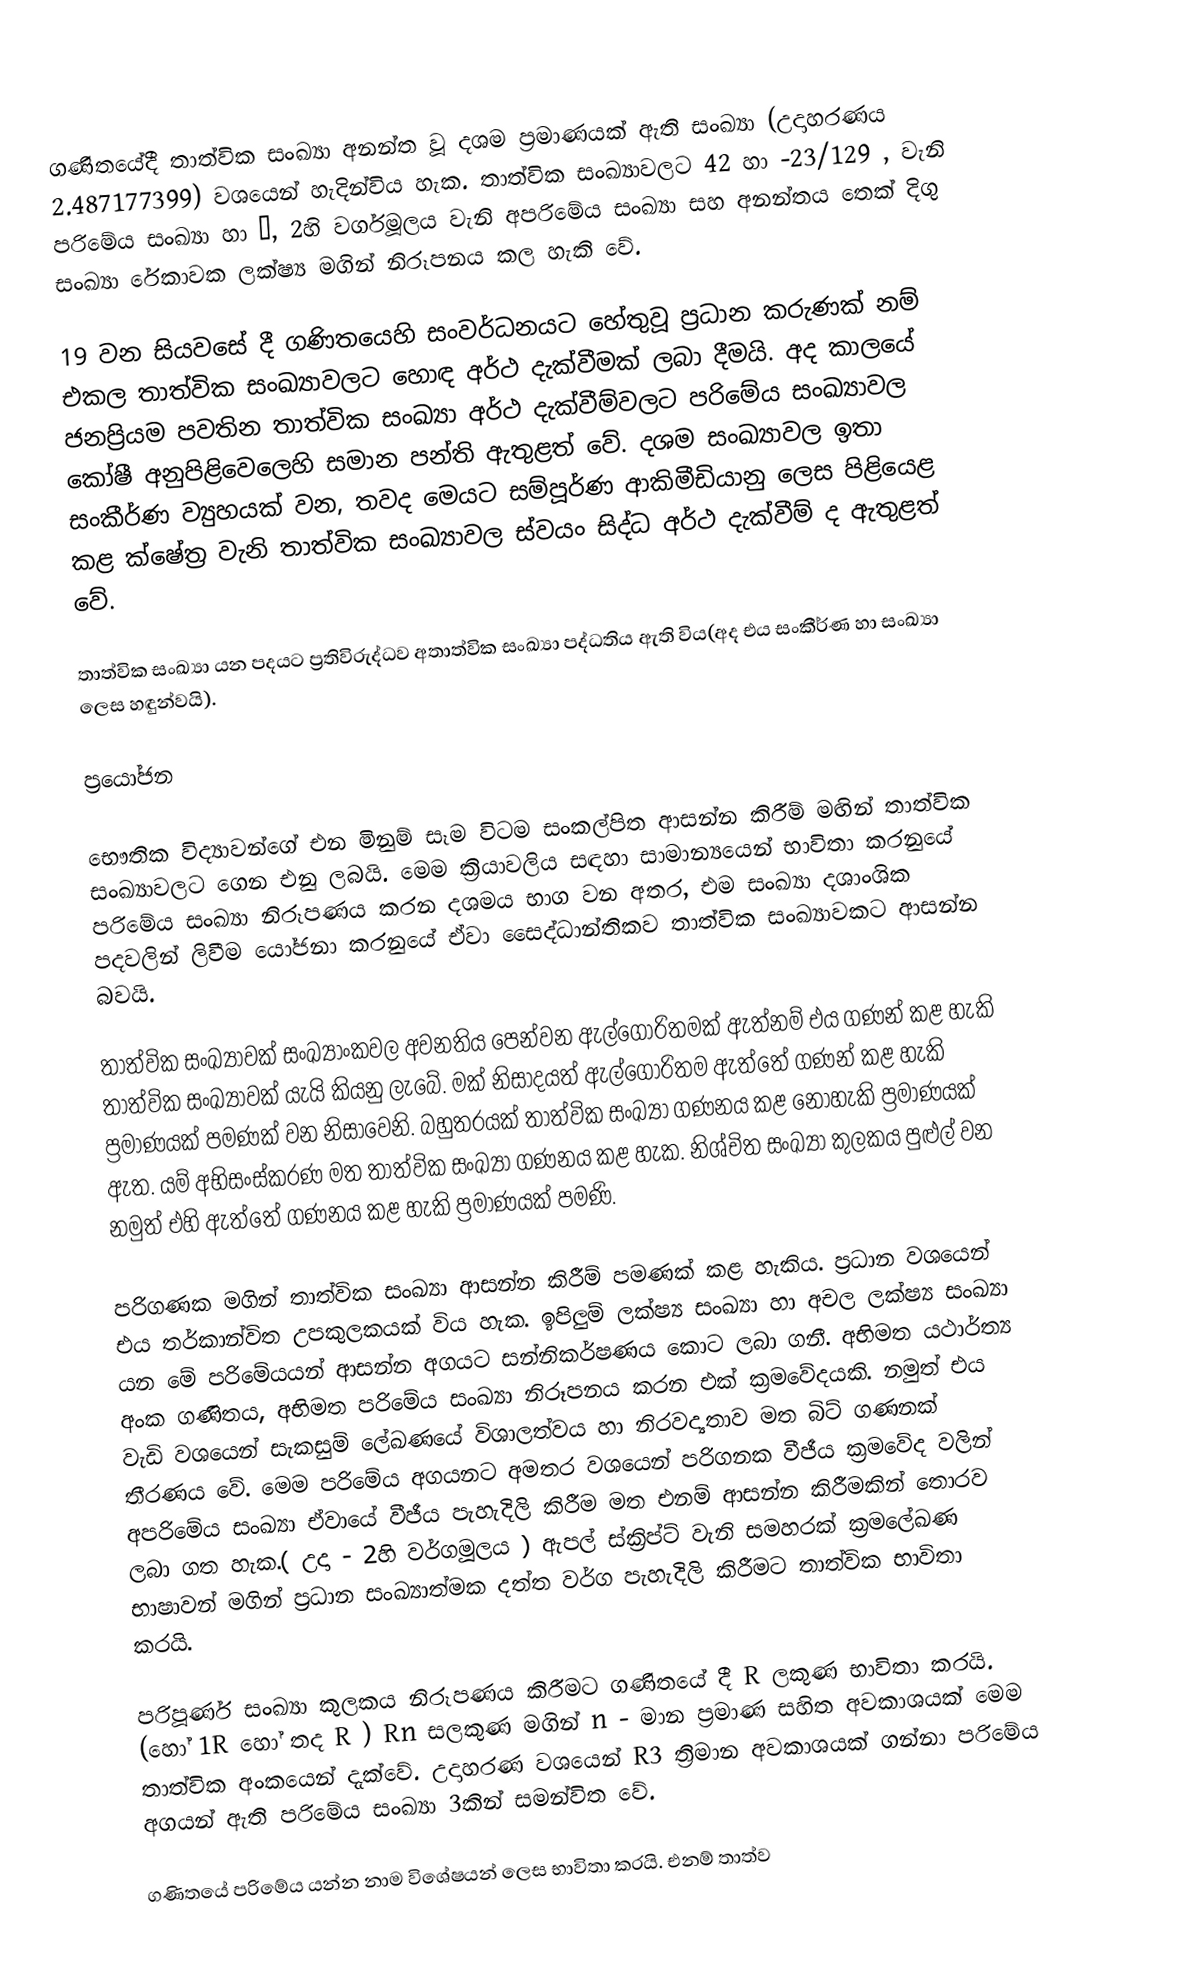
ගණිතයේදී තාත්වික සංඛ්‍යා අනන්ත වූ දශම ප්‍රමාණයක් ඇති සංඛ්‍යා (උදාහරණය 2.487177399) වශයෙන් හැදින්විය හැක. තාත්වික සංඛ්‍යාවලට 42 හා -23/129 , වැනි පරිමේය සංඛ්‍යා හා π, 2හි වර්ගමූලය වැනි අපරිමේය සංඛ්‍යා සහ අනන්තය තෙක් දිගු සංඛ්‍යා රේකාවක ලක්ෂ්‍ය මගින් නිරූපනය කල හැකි වේ.

19 වන සියවසේ දී ගණිතයෙහි සංවර්ධනයට හේතුවූ ප්‍රධාන කරුණක් නම් එකල තාත්වික සංඛ්‍යාවලට හොඳ අර්ථ දැක්වීමක් ලබා දීමයි. අද කාලයේ ජනප්‍රියම පවතින තාත්වික සංඛ්‍යා අර්ථ දැක්වීම්වලට පරිමේය සංඛ්‍යාවල කෝෂී අනුපිළිවෙලෙහි සමාන පන්ති ඇතුළත් වේ. දශම සංඛ්‍යාවල ඉතා සංකීර්ණ ව්‍යුහයක් වන, තවද මෙයට සම්පූර්ණ ආකිමීඩියානු ලෙස පිළියෙළ කළ ක්ෂේත්‍ර වැනි තාත්වික සංඛ්‍යාවල ස්වයං සිද්ධ අර්ථ දැක්වීම් ද ඇතුළත් වේ.

තාත්වික සංඛ්‍යා යන පදයට ප්‍රතිවිරුද්ධව අතාත්වික සංඛ්‍යා පද්ධතිය ඇති විය(අද එය සංකීර්ණ හා සංඛ්‍යා ලෙස හඳුන්වයි).

ප්‍රයෝජන

භෞතික විද්‍යාවන්ගේ එන මිනුම් සෑම විටම සංකල්පිත ආසන්න කිරීම් මඟින් තාත්වික සංඛ්‍යාවලට ගෙන එනු ලබයි. මෙම ක්‍රියාවලිය සඳහා සාමාන්‍යයෙන් භාවිතා කරනුයේ පරිමේය සංඛ්‍යා නිරූපණය කරන දශමය භාග වන අතර, එම සංඛ්‍යා දශාංශික පදවලින් ලිවීම යෝජනා කරනුයේ ඒවා සෛද්ධාන්තිකව තාත්වික සංඛ්‍යාවකට ‍ආසන්න බවයි.

තාත්වික සංඛ්‍යාවක් සංඛ්‍යාංකවල අවනතිය පෙන්වන ඇල්ගොරිතමක් ඇත්නම් එය ගණන් කළ හැකි තාත්වික සංඛ්‍යාවක් යැයි කියනු ‍ලැබේ. මක් නිසාදයත් ඇල්ගොරිතම ඇත්තේ ගණන් කළ හැකි ප්‍රමාණයක් පමණක් වන නිසාවෙනි. බහුතරයක් තාත්වික සංඛ්‍යා ගණනය කළ නොහැකි ප්‍රමාණයක් ඇත. යම් අභිසංස්කරණ මත තාත්වික සංඛ්‍යා ගණනය කළ හැක. නිශ්චිත සංඛ්‍යා කුලකය පුළුල් වන නමුත් එහි ඇත්තේ ගණනය කළ හැකි ප්‍රමාණයක් පමණි.

පරිගණක මගින් තාත්වික සංඛ්‍යා ආසන්න කිරීම් පමණක් කළ හැකිය. ප්‍රධාන වශයෙන් එය තර්කාන්විත උපකුලකයක් විය හැක. ඉපිලුම් ලක්ෂ්‍ය සංඛ්‍යා හා අචල ලක්ෂ්‍ය සංඛ්‍යා යන මේ පරිමේයයන් ආසන්න අගයට සන්නිකර්ෂණය කොට ලබා ගනී. අභිමත යථාර්ත්‍ය අංක ගණිතය, අභිමත පරිමේය සංඛ්‍යා නිරූපනය කරන එක් ක්‍රමවේදයකි. නමුත් එය වැඩි වශයෙන් සැකසුම් ලේඛණයේ විශාලත්වය හා නිරවද්‍යතාව මත බිට් ගණනක් තීරණය වේ. මෙම පරිමේය අගයනට අමතර වශයෙන් පරිගනක වීජීය ක්‍රමවේද වලින් අපරිමේය සංඛ්‍යා ඒවායේ වීජීය පැහැදිලි කිරීම මත එනම් ආසන්න කිරීමකින් තොරව ලබා ගත හැක.( උදා - 2හි වර්ගමූලය ) ඇපල් ස්ක්‍රිප්ට් වැනි සමහරක් ක්‍රමලේඛණ භාෂාවන් මගින් ප්‍රධාන සංඛ්‍යාත්මක දත්ත වර්ග පැහැදිලි කිරීමට තාත්වික භාවිතා කරයි.

පරිපූර්ණ සංඛ්‍යා කුලකය නිරූපණය කිරීමට ගණිතයේ දී R ලකුණ භාවිතා කරයි. (හෝ 1R හෝ තද R ) Rn සලකුණ මගින් n - මාන ප්‍රමාණ සහිත අවකාශයක් මෙම තාත්වික අංකයෙන් දැක්වේ. උදාහරණ වශයෙන් R3 ත්‍රිමාන අවකාශයක් ගන්නා පරිමේය අගයන් ඇති පරිමේය සංඛ්‍යා 3කින් සමන්විත වේ.

ගණිතයේ පරිමේය යන්න නාම විශේෂයන් ලෙස භාවිතා කරයි. එනම් තාත්ව